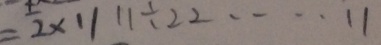
= 2 \times 1 1 1 1 \div 2 2 \cdots 1 1